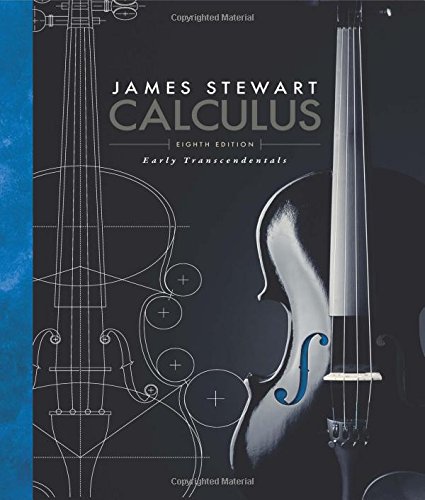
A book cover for Calculus: Early Transcendentals; James Stewart; Science & Math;